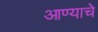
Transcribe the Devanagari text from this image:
आण्याचे